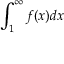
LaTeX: \int _ { 1 } ^ { \infty } f ( x ) d x